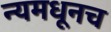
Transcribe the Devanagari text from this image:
न्यमधूनच